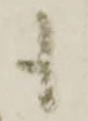
も